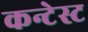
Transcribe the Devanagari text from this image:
कन्टेस्ट